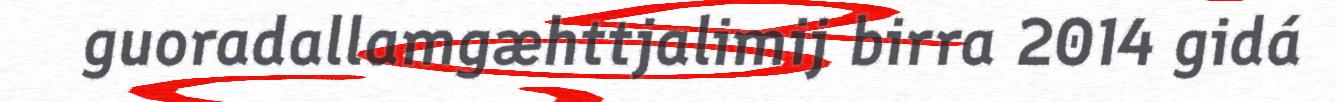
guoradallamgæhttjalimij birra 2014 gidá